Leaving Certificate Examination, 1904
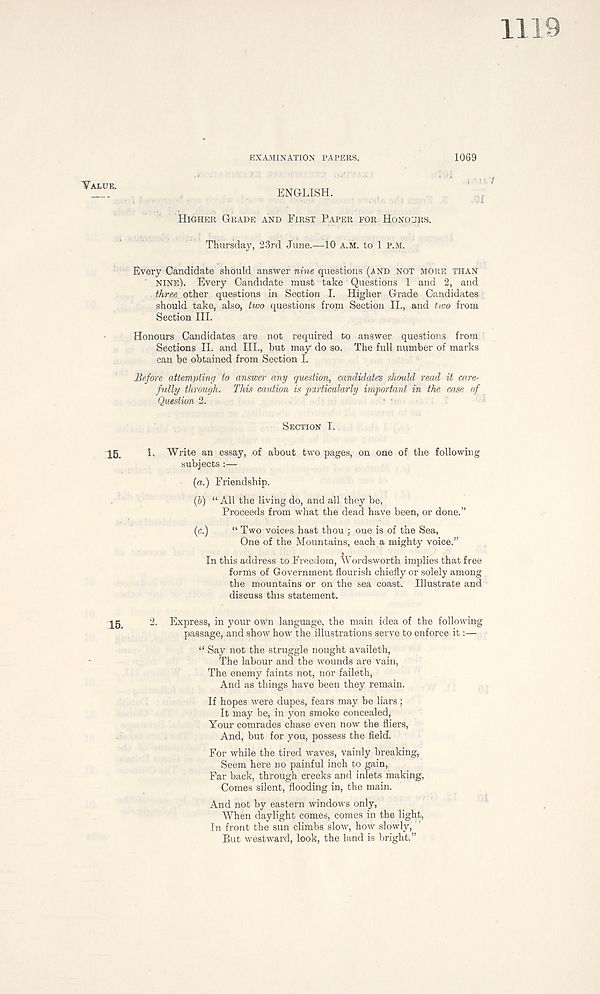
1119
1069
OX
HIGHER GRADE AND FIRST PAPER FOR HoNpups.
Thursday, 23rd June.—10 A.M. to 1 P.M.
Every Candidate should answer nine questions (AND NOT MORE THAN
NINE). Every Candidate must take Questions 1 and 2, and
jAree other questions in Section I. Higher Grade Candidates
should take, also, two questions from Section II., and two from
Section III.
Honours Candidates are not required to answer questions from
Sections II. and III., but may do so. The full number of marks
can be obtained from Section I.
Before attempting to answer any question, candidates should read it care-
fully through. This caution is particularly important in the case of
Question 2.
. .
EXAMINATION PAPERS.
SECTION I.
15
1. Write an essay, of about two pages, on one of the following
subjects :—
(a.) Friendship.
(b) “ All the living do, and all they be,
Proceeds from what the dead have been, or done.”
(c.)
“ Two voices hast thou ; one is of the Sea,
One of the Mountains, each a mighty voice.”
In this address to Freedom, Wordsworth implies that free
forms of Government flourish chiefly or solely among
the mountains or on the sea coast. Illustrate and
discuss this statement.
15
2. Express, in your own language, the main idea of the following
passage, and show how the illustrations serve to enforce it:—
“ Say not the struggle nought availeth,
The labour and the wounds are vain,
The enemy faints not, nor faileth,
And as things have been they remain.
If hopes were dupes, fears may be liars;
It may be, in yon smoke concealed,
Your comrades chase even now the fliers,
And, but for you, possess the field.
For while the tired waves, vainly breaking,
Seem here no painful inch to gain,
Far back, through creeks and inlets making,
Comes silent, flooding in, the main.
And not by eastern windows only,
When daylight comes, comes in the light,
In front the sun climbs slow, how slowly,
But westward, look, the land is bright.”